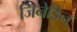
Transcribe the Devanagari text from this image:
जिनेडिन